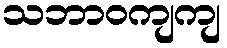
သဘာဝကျကျ